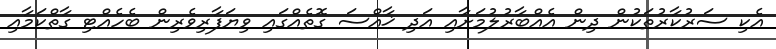
އެކި ސަރުކާރުތަކުން ދިން އެއްބާރުލުމަށާއި އަދި ޚާއްސަ ގޮތެއްގައި ވިޔަފާރިވެރިން ބެހެއްޓި ގާތްކަމާއި